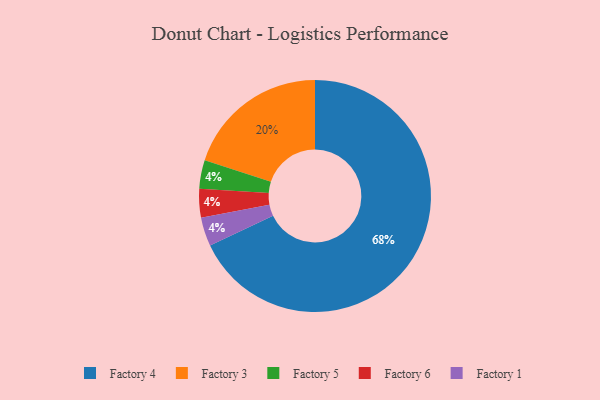
{"axis": {"x": "Category", "y": "Percentage"}, "legend": ["Factory 1", "Factory 3", "Factory 4", "Factory 5", "Factory 6"], "data": [{"x": "Factory 3", "y": 20, "type": "Factory 3"}, {"x": "Factory 5", "y": 4, "type": "Factory 5"}, {"x": "Factory 6", "y": 4, "type": "Factory 6"}, {"x": "Factory 4", "y": 68, "type": "Factory 4"}, {"x": "Factory 1", "y": 4, "type": "Factory 1"}]}